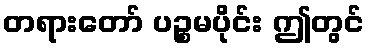
တရားတော် ပဉ္စမပိုင်း ဤတွင်